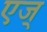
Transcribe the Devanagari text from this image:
एज्